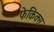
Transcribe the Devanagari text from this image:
फेकिक्स